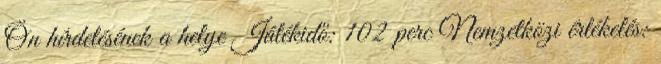
Ön hírdetésének a helye Játékidő: 102 perc Nemzetközi értékelés: